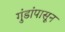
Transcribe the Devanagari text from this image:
गुंडांपासून